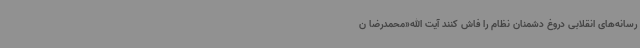
رسانه‌های انقلابی دروغ دشمنان نظام را فاش کنند آیت الله«محمدرضا ن